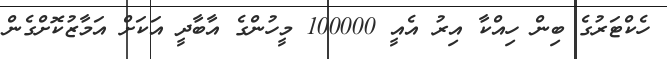
ހެކްޓަރުގެ ބިން ހިއްކާ އިރު އެއީ 100000 މީހުންގެ އާބާދީ އަކަށް އަމާޒުކޮށްގެން